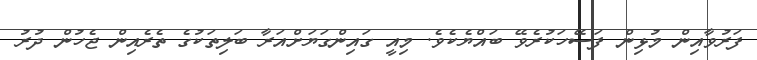
ފަރުވާއިން މުޅިން ފަސޭހަކުރެވޭ ބައްޔެކެވެ. މިއީ ގައިންގަޔަށްއަރާ ބަލިތަކުގެ ތެރެއިން ޖެހުން ދުރު